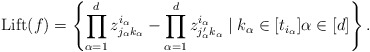
\begin{align*}\mathrm{Lift}(f) = \left\lbrace \prod_{\alpha=1}^d z^{i_{\alpha}}_{j_{\alpha}k_{\alpha}} - \prod_{\alpha=1}^d z^{i_{\alpha}}_{j'_{\alpha} k_{\alpha}} \mid k_{\alpha} \in [t_{i_{\alpha}}] \alpha \in [d]\right\rbrace.\end{align*}